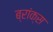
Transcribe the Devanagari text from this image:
ब्रांक्स